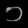
Digit: ၁